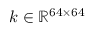
\boldsymbol { k } \in \mathbb { R } ^ { 6 4 \times 6 4 }